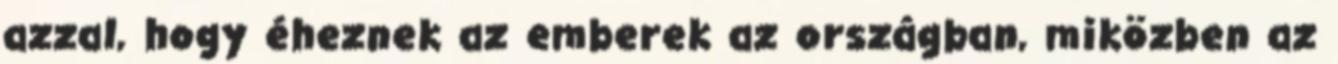
azzal, hogy éheznek az emberek az országban, miközben az